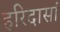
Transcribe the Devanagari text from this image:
हरिदासां